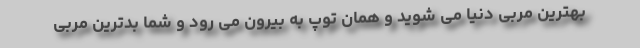
بهترین مربی دنیا می شوید و همان توپ به بیرون می رود و شما بدترین مربی